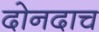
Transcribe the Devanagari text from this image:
दोनदाच